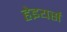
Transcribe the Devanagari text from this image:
हेइयर्स